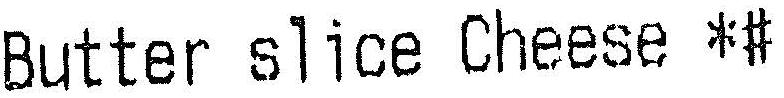
BUTTER SLICE CHEESE *#